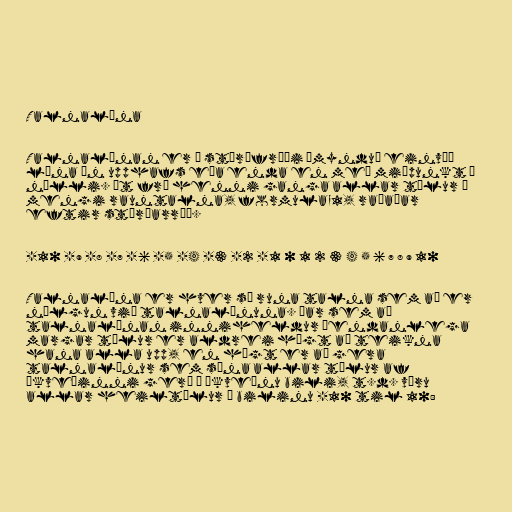
Talnalína

Talnalínan er í stærðfræði ímynduð einvíð
lína án upphafs eða enda en með miðpunkt í
núlli. Út frá henni ganga allar tölur í
mengi rauntalna, formula_1, raðaðar
eftir stærðarröð.

-10 -9 -8 -7 -6 -5 -4 -3 -2 -1 0 1 2 3 4 5 6 7 8 9 10

Talnalína er hver sú runa talna sem að er
nálgun við talnalínuna. Þar sem að
talnalínan inniheldur óendanlega
margar tölur er aldrei hægt að teikna
hana alla upp, en hægt er að gera
talnalínur sem sýna allar tölur af
ákveðinni gerð á ákveðnu bili, t.d. væru
allar heiltölur á bilinu -10 til 10: